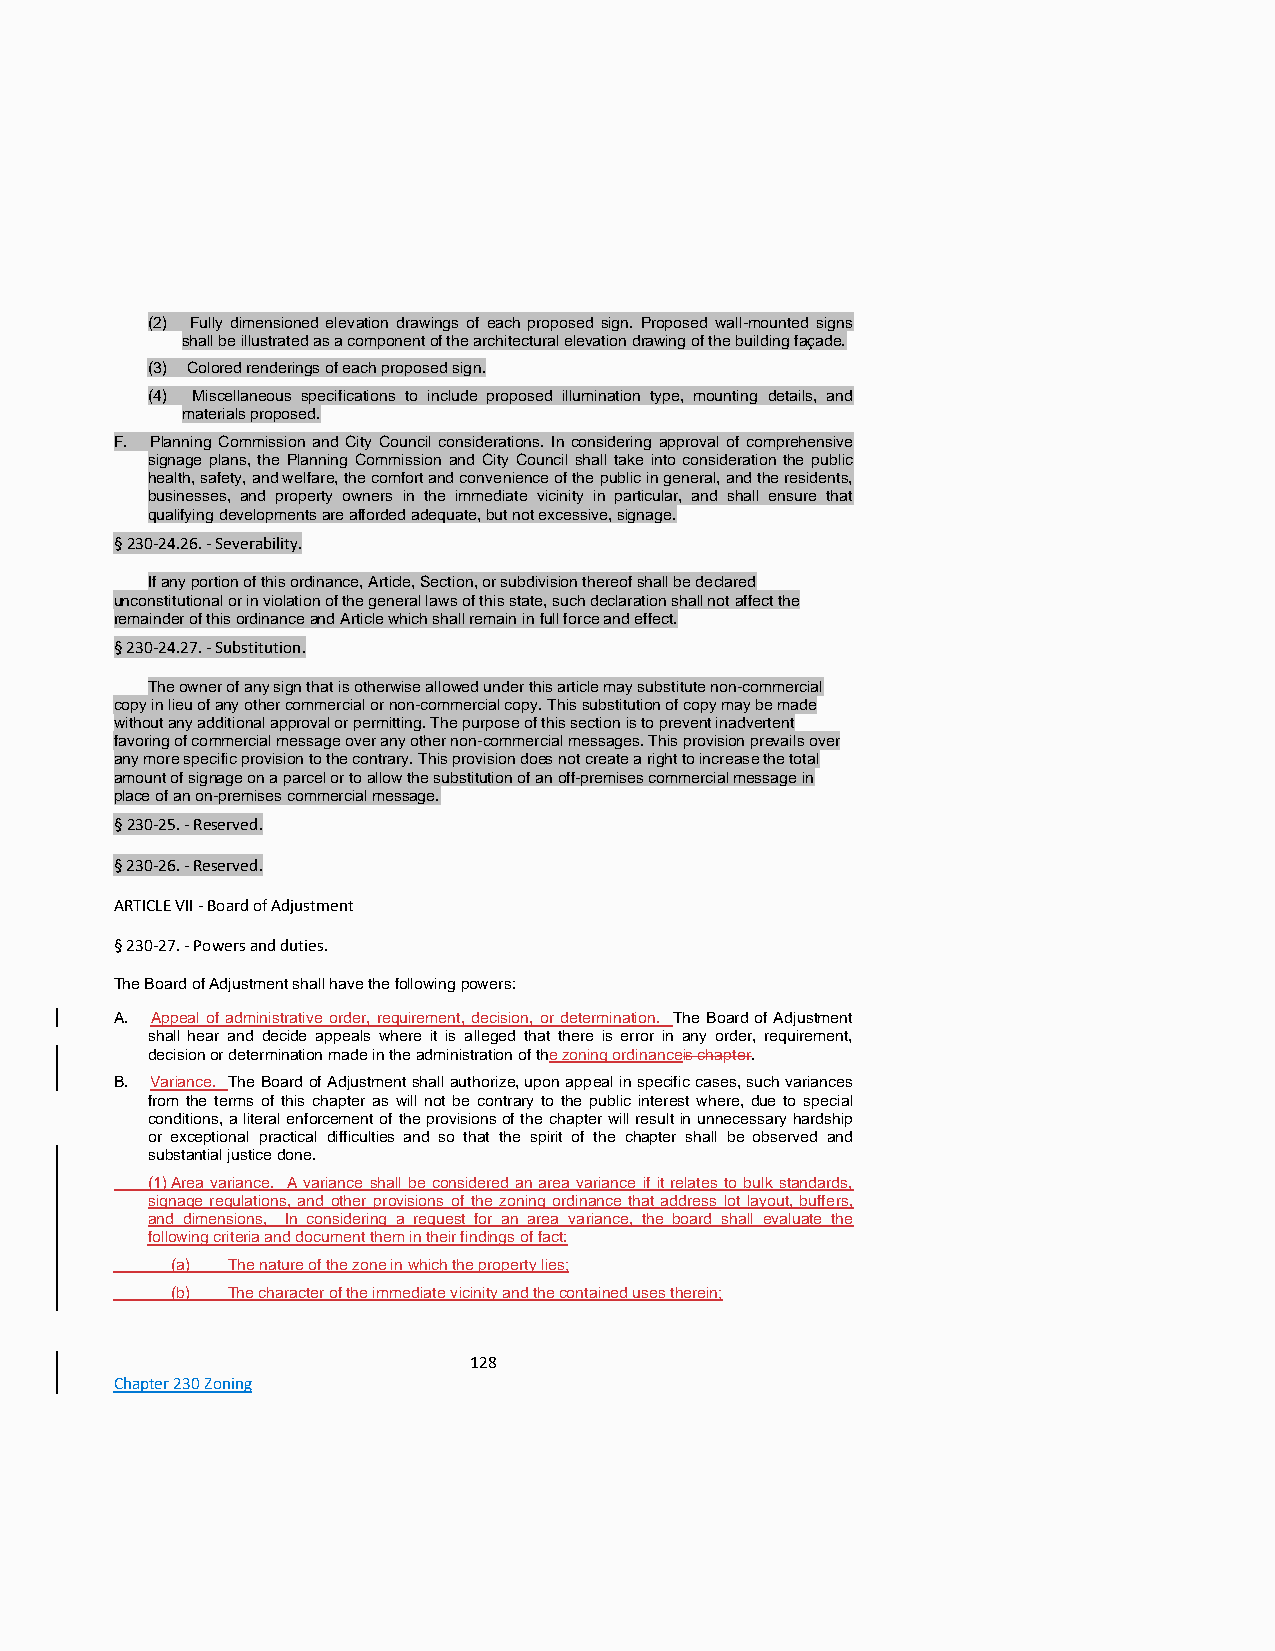
(2) Fully dimensioned elevation drawings of each proposed sign. Proposed wall-mounted signs
 shall be illustrated as a component of the architectural elevation drawing of the building façade.
 (3) Colored renderings of each proposed sign.
 (4) Miscellaneous specifications to include proposed illumination type, mounting details, and
 materials proposed.
 F. Planning Commission and City Council considerations. In considering approval of comprehensive
 signage plans, the Planning Commission and City Council shall take into consideration the public
 health, safety, and welfare, the comfort and convenience of the public in general, and the residents,
 businesses, and property owners in the immediate vicinity in particular, and shall ensure that
 qualifying developments are afforded adequate, but not excessive, signage.
 § 230-24.26. - Severability.
 If any portion of this ordinance, Article, Section, or subdivision thereof shall be declared
 unconstitutional or in violation of the general laws of this state, such declaration shall not affect the
 remainder of this ordinance and Article which shall remain in full force and effect.
 § 230-24.27. - Substitution.
 The owner of any sign that is otherwise allowed under this article may substitute non-commercial
 copy in lieu of any other commercial or non-commercial copy. This substitution of copy may be made
 without any additional approval or permitting. The purpose of this section is to prevent inadvertent
 favoring of commercial message over any other non-commercial messages. This provision prevails over
 any more specific provision to the contrary. This provision does not create a right to increase the total
 amount of signage on a parcel or to allow the substitution of an off-premises commercial message in
 place of an on-premises commercial message.
 § 230-25. - Reserved.
 § 230-26. - Reserved.
 ARTICLE VII - Board of Adjustment
 § 230-27. - Powers and duties.
 The Board of Adjustment shall have the following powers:
 A. Appeal of administrative order, requirement, decision, or determination. The Board of Adjustment
 shall hear and decide appeals where it is alleged that there is error in any order, requirement,
 decision or determination made in the administration of the zoning ordinanceis chapter.
 B. Variance. The Board of Adjustment shall authorize, upon appeal in specific cases, such variances
 from the terms of this chapter as will not be contrary to the public interest where, due to special
 conditions, a literal enforcement of the provisions of the chapter will result in unnecessary hardship
 or exceptional practical difficulties and so that the spirit of the chapter shall be observed and
 substantial justice done.
 (1) Area variance. A variance shall be considered an area variance if it relates to bulk standards,
 signage regulations, and other provisions of the zoning ordinance that address lot layout, buffers,
 and dimensions, In considering a request for an area variance, the board shall evaluate the
 following criteria and document them in their findings of fact:
 (a) The nature of the zone in which the property lies;
 (b) The character of the immediate vicinity and the contained uses therein;
 128
 Chapter 230 Zoning